Report of the Indian Hemp Drugs Commission, 1894-1895 - Volume IV
Year: 1894
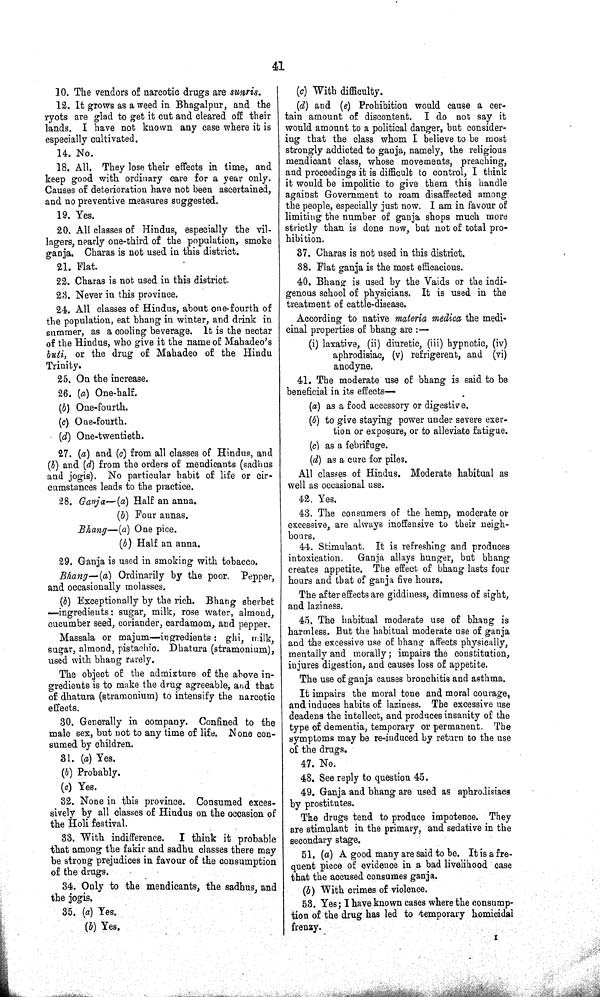
41
10. The vendors of narcotic drugs are sunris.
12. It grows as a weed in Bhagalpur, and the
ryots are glad to get it cut and cleared off their
lands. I have not known any case where it is
especially cultivated.
14. No.
18. All. They lose their effects in time, and
keep good with ordinary care for a year only.
Causes of deterioration have not been ascertained,
and no preventive measures suggested.
19. Yes.
20. All classes of Hindus, especially the vil-
lagers, nearly one-third of the population, smoke
ganja. Charas is not used in this district.
21. Flat.
22. Charas is not used in this district.
23. Never in this province.
24. All classes of Hindus, about one-fourth of
the population, eat bhang in winter, and drink in
summer, as a cooling beverage. It is the nectar
of the Hindus, who give it the name of Mahadeo's
buti, or the drug of Mahadeo of the Hindu
Trinity.
25. On the increase.
26. (a) One-half.
(b) One-fourth.
(c) One-fourth.
(d) One-twentieth.
27. (a) and (c) from all classes of Hindus, and
(b) and (d) from the orders of mendicants (sadhus
and jogis). No particular habit of life or cir-
cumstances leads to the practice.
28. Ganja—(a) Half an anna.
(b) Four annas.
Bhang—(a) One pice.
(b) Half an anna.
29. Ganja is used in smoking with tobacco.
Bhang—(a) Ordinarily by the poor
Pepper,
and occasionally molasses.
(b) Exceptionally by the rich. Bhang sherbet
—ingredients: sugar, milk, rose water, almond,
cucumber seed, coriander, cardamom, and pepper.
Massala or majum—ingredients: ghi, milk,
sugar, almond, pistachio. Dhatura (stramonium),
used with bhang rarely.
The object of the admixture of the above in-
gredients is to make the drug agreeable, and that
of dhatura (stramonium) to intensify the narcotic
effects.
30. Generally in company. Confined to the
male sex, but not to any time of life. None con-
sumed by children.
31. (a) Yes.
(b) Probably.
(c) Yes.
32. None in this province. Consumed exces-
sively by all classes of Hindus on the occasion of
the Holi festival.
33. With indifference.
I think it probable
that among the fakir and sadhu classes there may
be strong prejudices in favour of the consumption
of the drugs.
34. Only to the mendicants, the sadhus, and
the jogis.
35. (a) Yes.
(b) Yes.
(c) With difficulty.
(d) and (e) Prohibition would cause a cer-
tain amount of discontent. I do not say it
would amount to a political danger, but consider-
ing that the class whom I believe to be most
strongly addicted to ganja, namely, the religious
mendicant class, whose movements, preaching,
and proceedings it is difficult to control, I think
it would be impolitic to give them this handle
against Government to roam disaffected among
the people, especially just now. I am in favour of
limiting the number of ganja shops much more
strictly than is done now, but not of total pro-
hibition.
37. Charas is not used in this district.
38. Flat ganja is the most efficacious.
40. Bhang is used by the Vaids or the indi-
genous school of physicians. It is used in the
treatment of cattle-disease.
According to native materia medica the medi-
cinal properties of bhang are:—
(i) laxative, (ii) diuretic, (iii) hypnotic, (iv)
aphrodisiac, (v) refrigerent, and (vi)
anodyne.
41. The moderate use of bhang is said to be
beneficial in its effects—
(a) as a food accessory or digestive.
(b) to give staying power under severe exer-
tion or exposure, or to alleviate fatigue.
(c) as a febrifuge.
(d) as a cure for piles.
All classes of Hindus. Moderate habitual as
well as occasional use.
42. Yes.
43. The consumers of the hemp, moderate or
excessive, are always inoffensive to their neigh-
bours.
44. Stimulant. It is refreshing and produces
intoxication.
Ganja allays hunger, but bhang
creates appetite. The effect of bhang lasts four
hours and that of ganja five hours.
The after effects are giddiness, dimness of sight,
and laziness.
45. The habitual moderate use of bhang is
harmless. But the habitual moderate use of ganja
and the excessive use of bhang affects physically,
mentally and morally; impairs the constitution,
injures digestion, and causes loss of appetite.
The use of ganja causes bronchitis and asthma.
It impairs the moral tone and moral courage,
and induces habits of laziness. The excessive use
deadens the intellect, and produces insanity of the
type of dementia, temporary or permanent. The
symptoms may be re-induced by return to the use
of the drugs.
47. No.
48. See reply to question 45.
49. Ganja and bhang are used as aphrodisiacs
by prostitutes.
The drugs tend to produce impotence. They
are stimulant in the primary, and sedative in the
secondary stage.
51. (a) A good many are said to be. It is a fre-
quent piece of evidence in a bad livelihood case
that the accused consumes ganja.
(b) With crimes of violence.
53. Yes; I have known cases where the consump-
tion of the drug has led to temporary homicidal
frenzy.
I